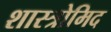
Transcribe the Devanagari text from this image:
शास्त्रोमिद